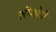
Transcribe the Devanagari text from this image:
ओशोदी